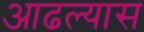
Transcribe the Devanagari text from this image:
आढल्यास